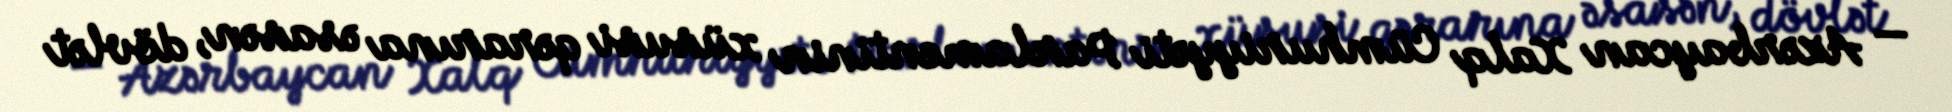
— Azərbaycan Xalq Cümhuriyyəti Parlamentinin xüsusi qərarına əsasən, dövlət